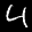
Label: 4